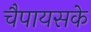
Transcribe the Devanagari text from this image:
चैपायसके